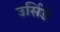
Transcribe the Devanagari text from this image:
उर्सिडे